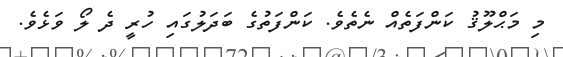
މި މަޙްލޫޤު ކަންފަތެއް ނެތެވެ. ކަންފަތުގެ ބަދަލުގައި ހުރީ ދެ ލޯ ވަޅެވެ.